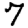
Digit: 7